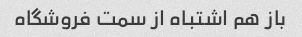
باز هم اشتباه از سمت فروشگاه